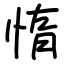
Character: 惰